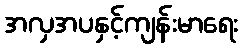
အလှအပနှင့်ကျန်းမာရေး